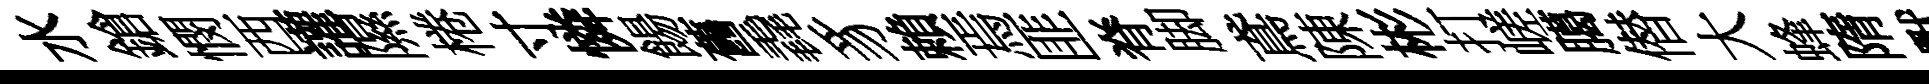
水鎗憫西讙隰棬寸憐餳舊毳豸賴焉匪脊脚鳶陳彬打嵯臈僣大蜂隋獸氈